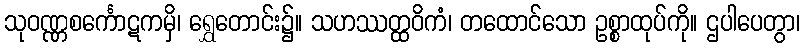
သုဝဏ္ဏစင်္ကောဋကမှိ၊ ရွှေတောင်း၌။ သဟဿတ္ထဝိကံ၊ တထောင်သော ဥစ္စာထုပ်ကို။ ဌပါပေတွာ၊